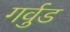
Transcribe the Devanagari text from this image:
गर्वुड